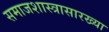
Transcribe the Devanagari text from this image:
समाजशास्त्रासारख्या